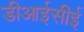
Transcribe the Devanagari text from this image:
डीआईसीई